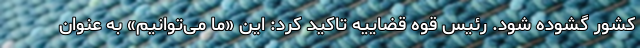
کشور گشوده شود. رئیس قوه قضاییه تاکید کرد: این «ما می‌توانیم» به عنوان